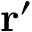
\mathbf { r } ^ { \prime }